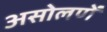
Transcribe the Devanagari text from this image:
असोलणें